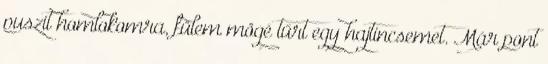
puszit homlokomra, fülem mögé tűrt egy hajtincsemet. Már pont